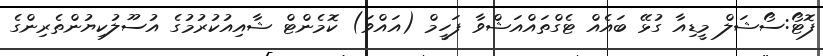
ފޮޓޯ:ސޯޝަލް މީޑިއާ ގުޅޭ ބައެއް ޓެގްތައްއަޝްވާ ފަހީމް (އައްވަ) ކޮމެންޓް ޝާއިއުކުރުމުގެ އުސޫލުކިޔުންތެރިންގެ